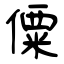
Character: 僳